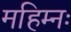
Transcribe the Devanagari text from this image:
महिम्नः